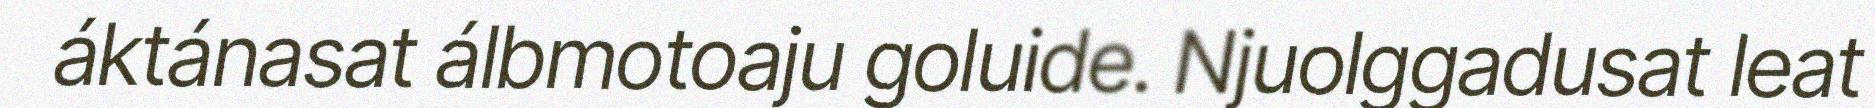
áktánasat álbmotoaju goluide. Njuolggadusat leat